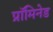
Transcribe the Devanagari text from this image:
प्रॉमिनेड